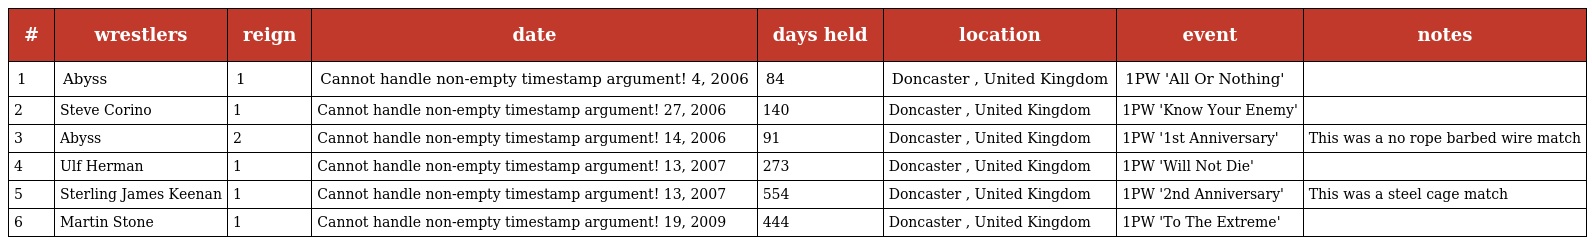
| # | wrestlers | reign | date | days held | location | event | notes |
 | --- | --- | --- | --- | --- | --- | --- | --- |
 | 1 | Abyss | 1 | Cannot handle non-empty timestamp argument! 4, 2006 | 84 | Doncaster , United Kingdom | 1PW 'All Or Nothing' |  |
 | 2 | Steve Corino | 1 | Cannot handle non-empty timestamp argument! 27, 2006 | 140 | Doncaster , United Kingdom | 1PW 'Know Your Enemy' |  |
 | 3 | Abyss | 2 | Cannot handle non-empty timestamp argument! 14, 2006 | 91 | Doncaster , United Kingdom | 1PW '1st Anniversary' | This was a no rope barbed wire match |
 | 4 | Ulf Herman | 1 | Cannot handle non-empty timestamp argument! 13, 2007 | 273 | Doncaster , United Kingdom | 1PW 'Will Not Die' |  |
 | 5 | Sterling James Keenan | 1 | Cannot handle non-empty timestamp argument! 13, 2007 | 554 | Doncaster , United Kingdom | 1PW '2nd Anniversary' | This was a steel cage match |
 | 6 | Martin Stone | 1 | Cannot handle non-empty timestamp argument! 19, 2009 | 444 | Doncaster , United Kingdom | 1PW 'To The Extreme' |  |